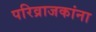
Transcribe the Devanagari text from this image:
परिव्राजकांना